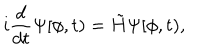
LaTeX: i \frac { d } { d t } \Psi [ \phi , t ) = \tilde { H } \Psi [ \phi , t ) ,